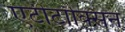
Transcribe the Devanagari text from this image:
एंटीटॉक्सिन